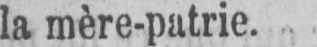
la mère-patrie.